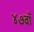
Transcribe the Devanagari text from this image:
४७वाँ